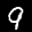
Label: 9